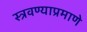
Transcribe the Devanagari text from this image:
स्त्रवण्याप्रमाणे